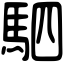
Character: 駟